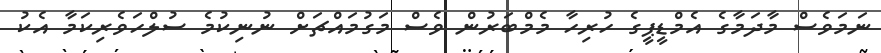
ނަމަވެސް މާދަމާގެ އެމްޑީޕީގެ ހުރިހާ މެމްބަރުން ވެސް މަގުމައްޗަށް ނުނިކުމެ ސުލްހަވެރިކަމާ އެކު